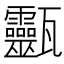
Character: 𤮹